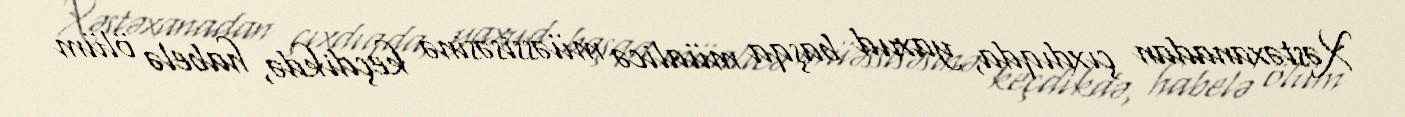
Xəstəxanadan çıxdıqda, yaxud başqa müalicə müəssisəsinə keçdikdə, habelə ölüm